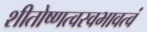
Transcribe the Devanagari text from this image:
शीतोष्णत्वस्वभावत्वं